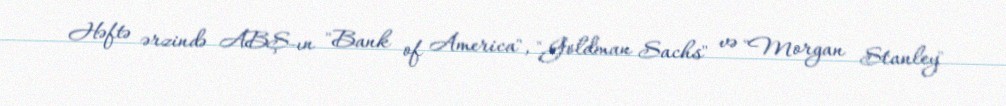
Həftə ərzində ABŞ-ın "Bank of America", "Goldman Sachs" və "Morgan Stanley"